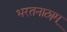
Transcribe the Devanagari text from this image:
भरतनाट्यम्‌